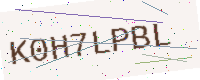
Text: K0H7LPBL